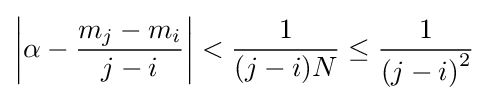
\left|\alpha -{\frac {m_{j}-m_{i}}{j-i}}\right|<{\frac {1}{(j-i)N}}\leq {\frac {1}{\left(j-i\right)^{2}}}